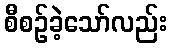
စီစဉ်ခဲ့သော်လည်း